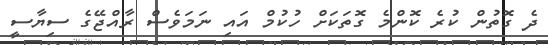
ދެ ގޮތުން ކުރެ ކޮންމެ ގޮތަކަށް ހުކުމް އައި ނަމަވެސް ރާއްޖޭގެ ސިޔާސީ